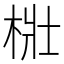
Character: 梉